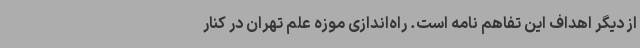
از دیگر اهداف این تفاهم نامه است. راه‌اندازی موزه علم تهران در کنار